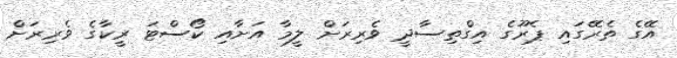
އޭގެ ތެރޭގައި ޕެރޫގެ އިގްތިސާދީ ވެރިރަށް ލީމާ އަށާއި ކޯސްޓަ ރީކާގެ ވެރިރަށް